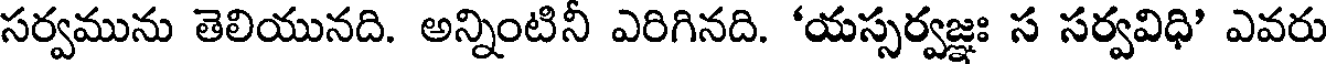
సర్వమును తెలియునది. అన్నింటినీ ఎరిగినది. 'యస్సర్వజ్ఞః స సర్వవిధి' ఎవరు